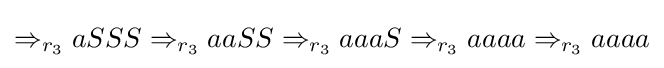
\Rightarrow _{r_{3}}aSSS\Rightarrow _{r_{3}}aaSS\Rightarrow _{r_{3}}aaaS\Rightarrow _{r_{3}}aaaa\Rightarrow _{r_{3}}aaaa